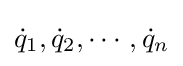
{\dot {q}}_{1},{\dot {q}}_{2},\cdots ,{\dot {q}}_{n}